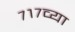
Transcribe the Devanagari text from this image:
७१७व्या